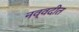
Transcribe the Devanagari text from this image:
नव्वदीत